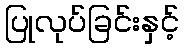
ပြုလုပ်ခြင်းနှင့်